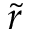
\widetilde r